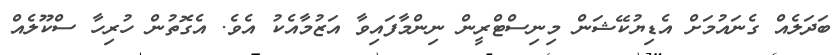
ބަދަލެއް ގެނައުމަށް އެޑިޔުކޭޝަން މިނިސްޓްރީން ނިންމާފައިވާ އަޒުމާއެކު އެވެ. އެގޮތުން ހުރިހާ ސްކޫލެއް